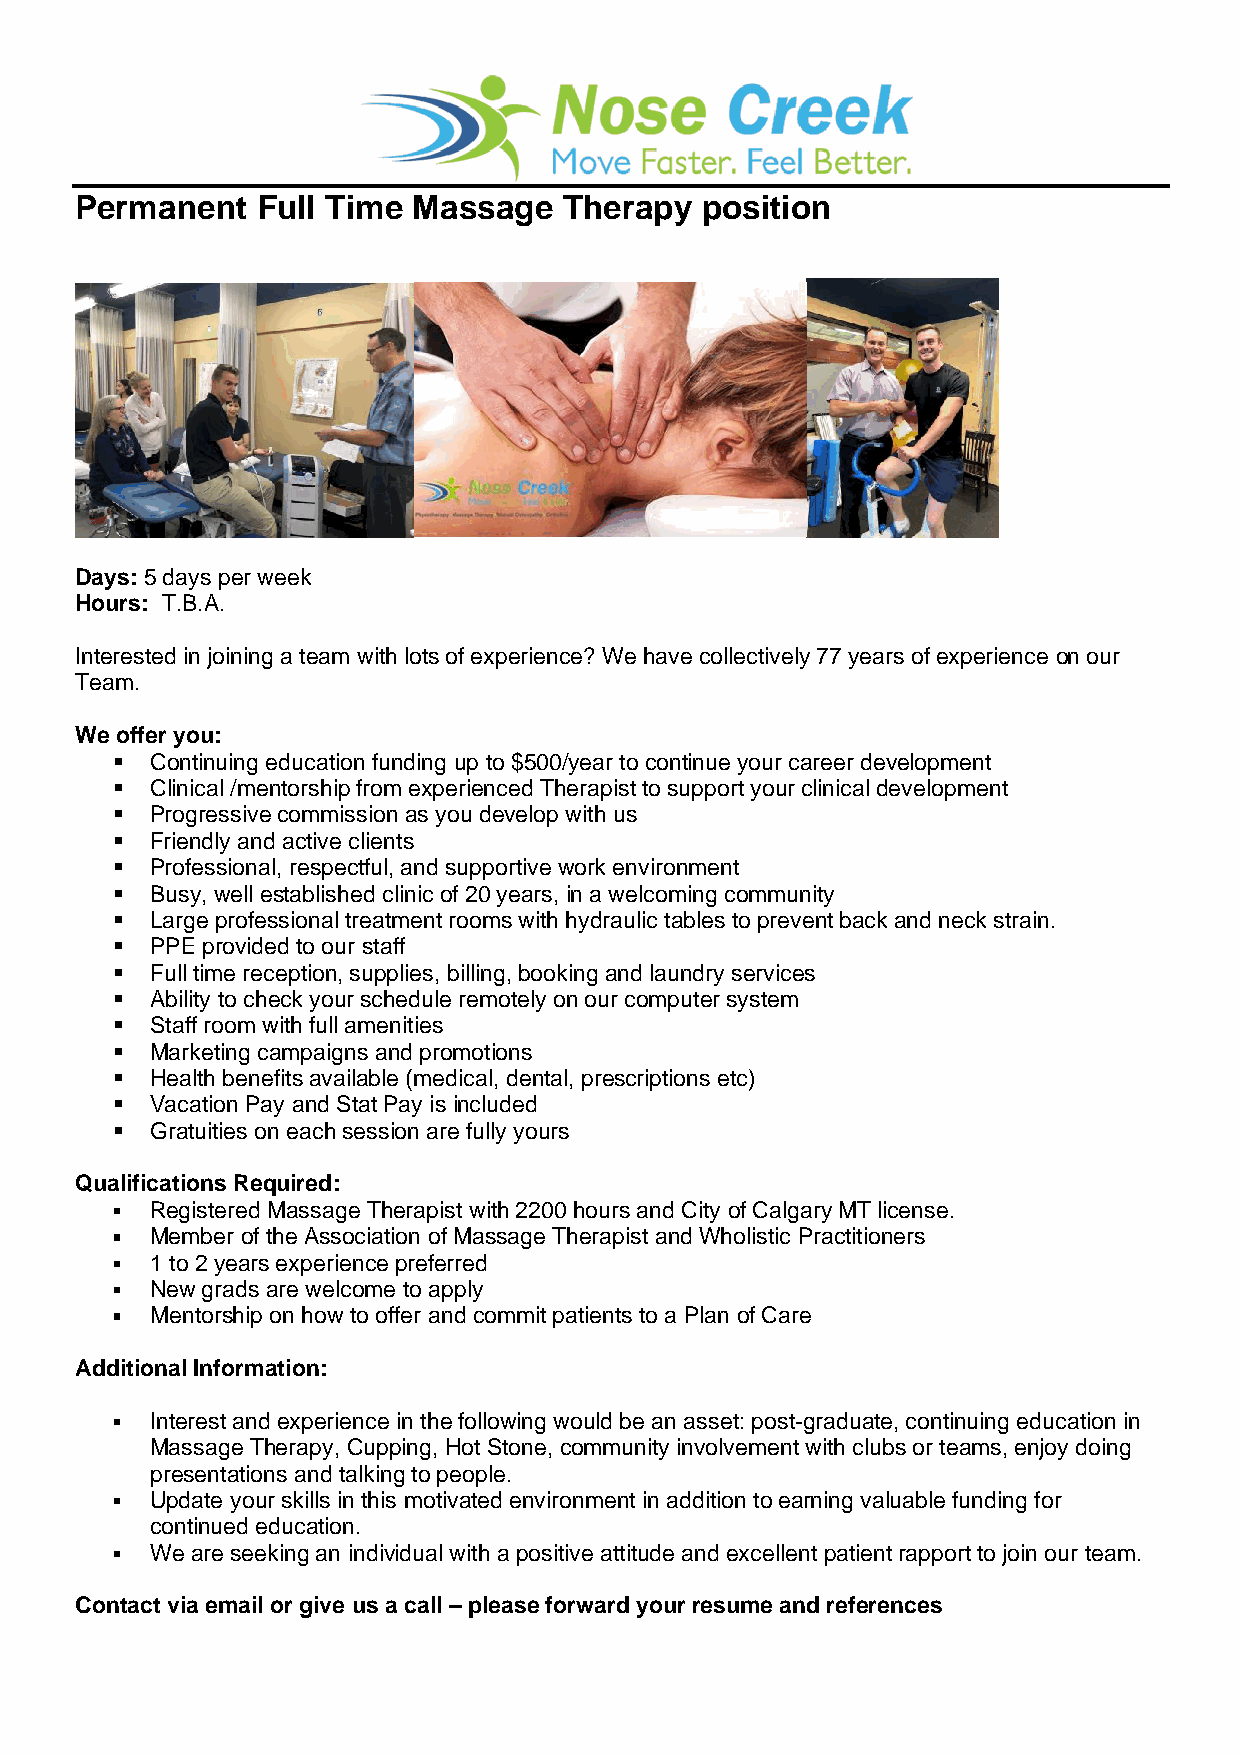
Permanent   Full Time Massage   Therapy  position
 Days: 5 days per week
 Hours: T.B.A.
 Interested in joining a team with lots of experience? We have collectively 77 years of experience on our
 Team.
 We offer you:
 ▪  Continuing education funding up to $500/year to continue your career development
 ▪  Clinical /mentorship from experienced Therapist to support your clinical development
 ▪  Progressive commission as you develop with us
 ▪  Friendly and active clients
 ▪  Professional, respectful, and supportive work environment
 ▪  Busy, well established clinic of 20 years, in a welcoming community
 ▪  Large professional treatment rooms with hydraulic tables to prevent back and neck strain.
 ▪  PPE provided to our staff
 ▪  Full time reception, supplies, billing, booking and laundry services
 ▪  Ability to check your schedule remotely on our computer system
 ▪  Staff room with full amenities
 ▪  Marketing campaigns and promotions
 ▪  Health benefits available (medical, dental, prescriptions etc)
 ▪  Vacation Pay and Stat Pay is included
 ▪  Gratuities on each session are fully yours
 Qualifications Required:
 ▪  Registered Massage Therapist with 2200 hours and City of Calgary MT license.
 ▪  Member of the Association of Massage Therapist and Wholistic Practitioners
 ▪  1 to 2 years experience preferred
 ▪  New grads are welcome to apply
 ▪  Mentorship on how to offer and commit patients to a Plan of Care
 Additional Information:
 ▪  Interest and experience in the following would be an asset: post-graduate, continuing education in
 Massage Therapy, Cupping, Hot Stone, community involvement with clubs or teams, enjoy doing
 presentations and talking to people.
 ▪  Update your skills in this motivated environment in addition to earning valuable funding for
 continued education.
 ▪  We are seeking an individual with a positive attitude and excellent patient rapport to join our team.
 Contact via email or give us a call – please forward your resume and references